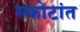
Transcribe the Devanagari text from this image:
स्फोटांत